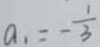
a _ { 1 } = - \frac { 1 } { 3 }